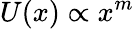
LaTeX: U(x)\propto x^{m}